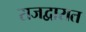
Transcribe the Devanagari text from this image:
राजद्वारात